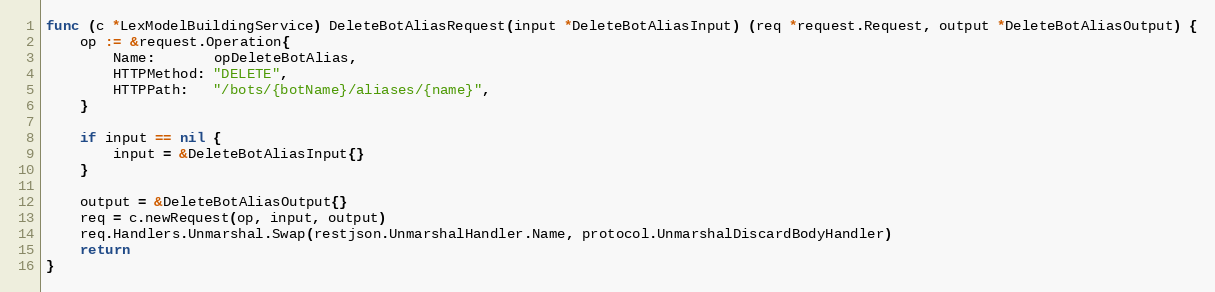
Language: Go
func (c *LexModelBuildingService) DeleteBotAliasRequest(input *DeleteBotAliasInput) (req *request.Request, output *DeleteBotAliasOutput) {
	op := &request.Operation{
		Name:       opDeleteBotAlias,
		HTTPMethod: "DELETE",
		HTTPPath:   "/bots/{botName}/aliases/{name}",
	}

	if input == nil {
		input = &DeleteBotAliasInput{}
	}

	output = &DeleteBotAliasOutput{}
	req = c.newRequest(op, input, output)
	req.Handlers.Unmarshal.Swap(restjson.UnmarshalHandler.Name, protocol.UnmarshalDiscardBodyHandler)
	return
}